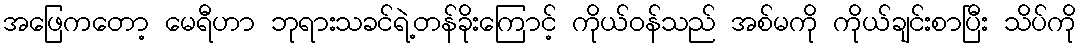
အဖြေကတော့ မေရီဟာ ဘုရားသခင်ရဲ့တန်ခိုးကြောင့် ကိုယ်ဝန်သည် အစ်မကို ကိုယ်ချင်းစာပြီး သိပ်ကို